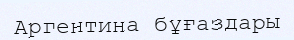
Аргентина бұғаздары